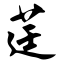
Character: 莛